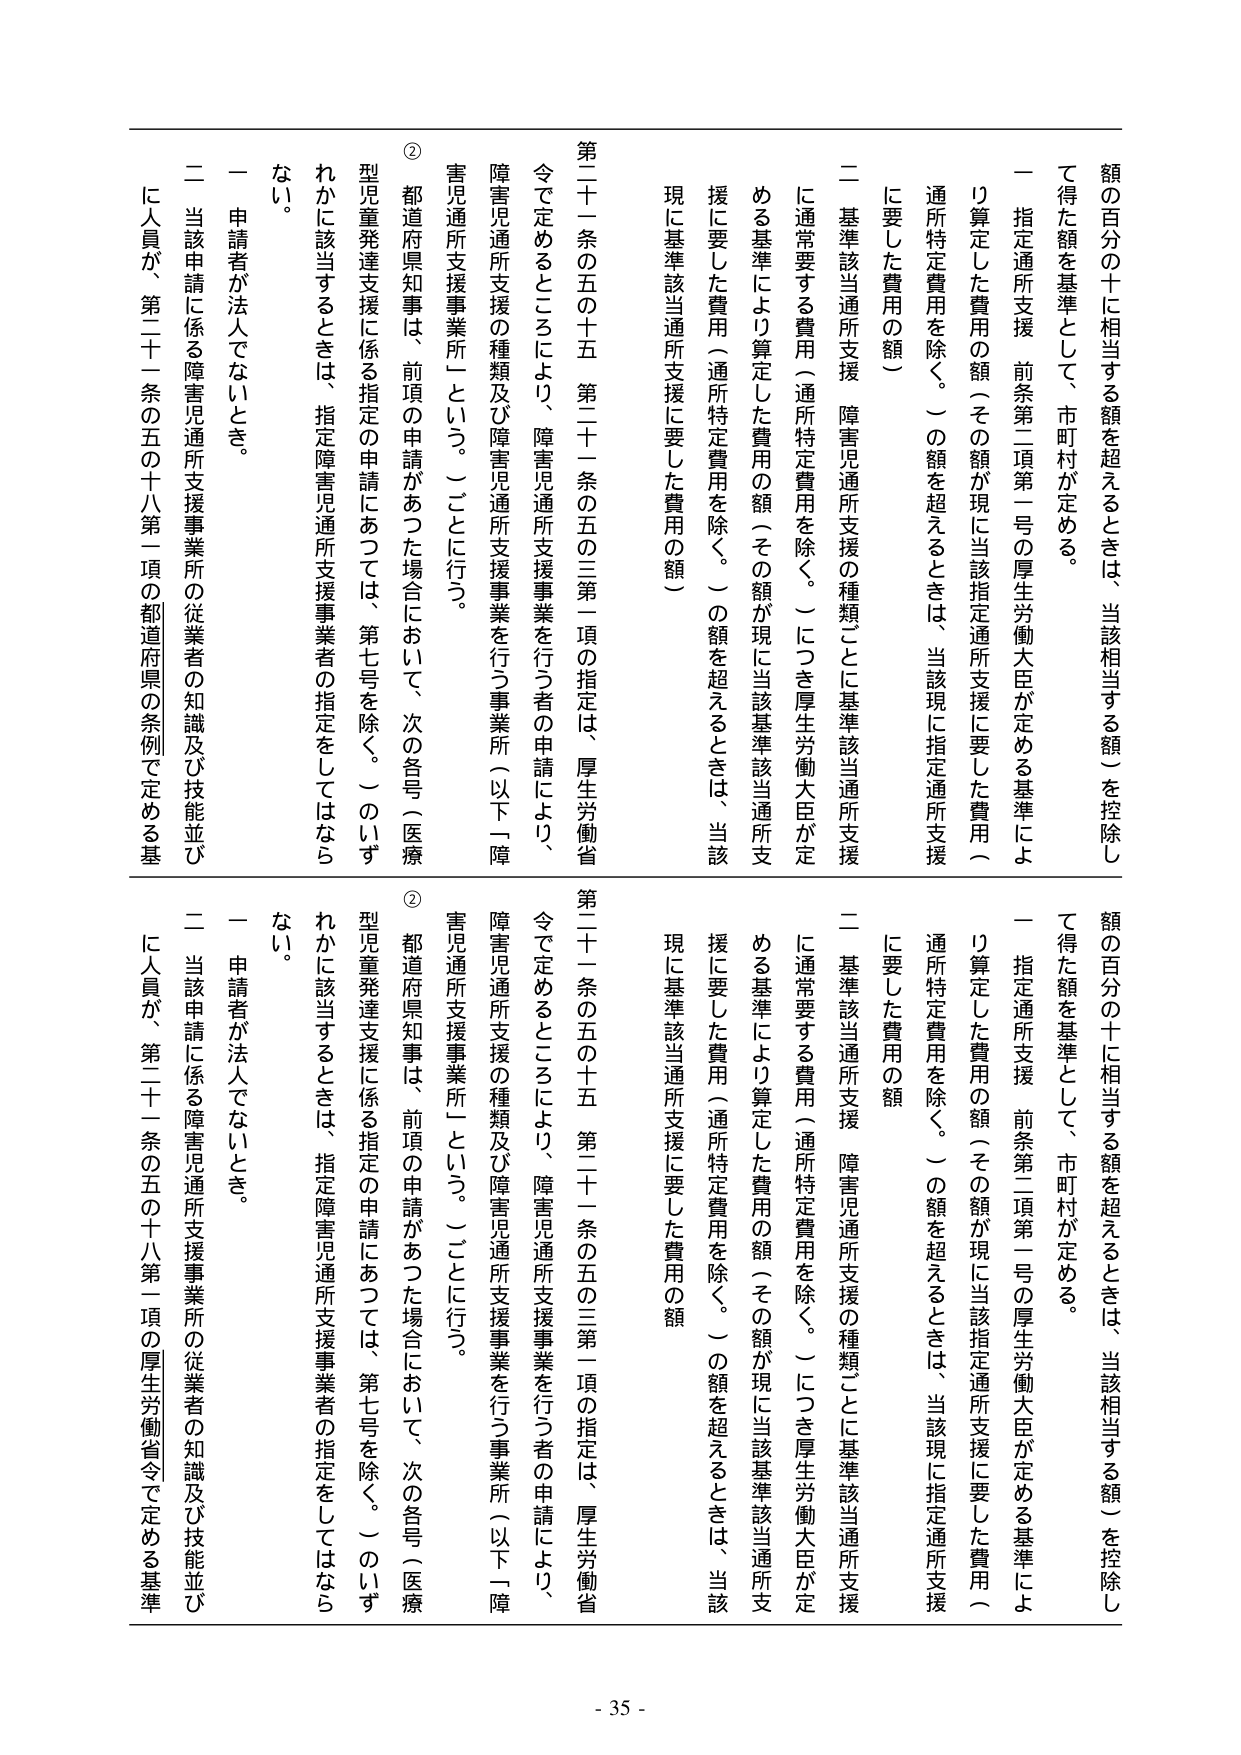
額の百分の十に相当する額を超えるときは、当該相当する額）を控除して得た額を基準として、市町村が定める。
一 指定通所支援 前条第二項第一号の厚生労働大臣が定める基準により算定した費用の額（その額が現に当該指定通所支援に要した費用（通所特定費用を除く。）の額を超えるときは、当該現に指定通所支援に要した費用の額）
二 基準該当通所支援 障害児通所支援の種類ごとに基準該当通所支援に通常要する費用（通所特定費用を除く。）につき厚生労働大臣が定める基準により算定した費用の額（その額が現に当該基準該当通所支援に要した費用（通所特定費用を除く。）の額を超えるときは、当該現に基準該当通所支援に要した費用の額）

第二十一条の五の五十五 第二十一条の五の三第一項の指定は、厚生労働省令で定めるところにより、障害児通所支援事業を行う者の申請により、障害児通所支援の種類及び障害児通所支援事業を行う事業所（以下「障害児通所支援事業所」という。）ごとに行う。
② 都道府県知事は、前項の申請があった場合において、次の各号（医療型児童発達支援に係る指定の申請にあつては、第七号を除く。）のいずれかに該当するときは、指定障害児通所支援事業者の指定をしてはならない。
一 申請者が法人でないとき。
二 当該申請に係る障害児通所支援事業所の従業者の知識及び技能並びに人員が、第二十一条の五の十八第一項の都道府県の条例で定める基

額の百分の十に相当する額を超えるときは、当該相当する額）を控除して得た額を基準として、市町村が定める。
一 指定通所支援 前条第二項第一号の厚生労働大臣が定める基準により算定した費用の額（その額が現に当該指定通所支援に要した費用（通所特定費用を除く。）の額を超えるときは、当該現に指定通所支援に要した費用の額）
二 基準該当通所支援 障害児通所支援の種類ごとに基準該当通所支援に通常要する費用（通所特定費用を除く。）につき厚生労働大臣が定める基準により算定した費用の額（その額が現に当該基準該当通所支援に要した費用（通所特定費用を除く。）の額を超えるときは、当該現に基準該当通所支援に要した費用の額）

第二十一条の五の五十五 第二十一条の五の三第一項の指定は、厚生労働省令で定めるところにより、障害児通所支援事業を行う者の申請により、障害児通所支援の種類及び障害児通所支援事業を行う事業所（以下「障害児通所支援事業所」という。）ごとに行う。
② 都道府県知事は、前項の申請があった場合において、次の各号（医療型児童発達支援に係る指定の申請にあつては、第七号を除く。）のいずれかに該当するときは、指定障害児通所支援事業者の指定をしてはならない。
一 申請者が法人でないとき。
二 当該申請に係る障害児通所支援事業所の従業者の知識及び技能並びに人員が、第二十一条の五の十八第一項の厚生労働省令で定める基準

- 35 -